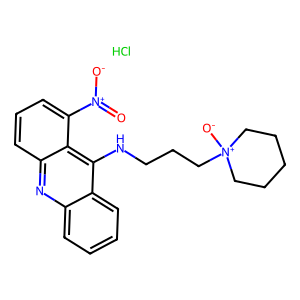
SMILES: Cl.O=[N+]([O-])c1cccc2nc3ccccc3c(NCCC[N+]3([O-])CCCCC3)c12
Inhibits HIV replication: No